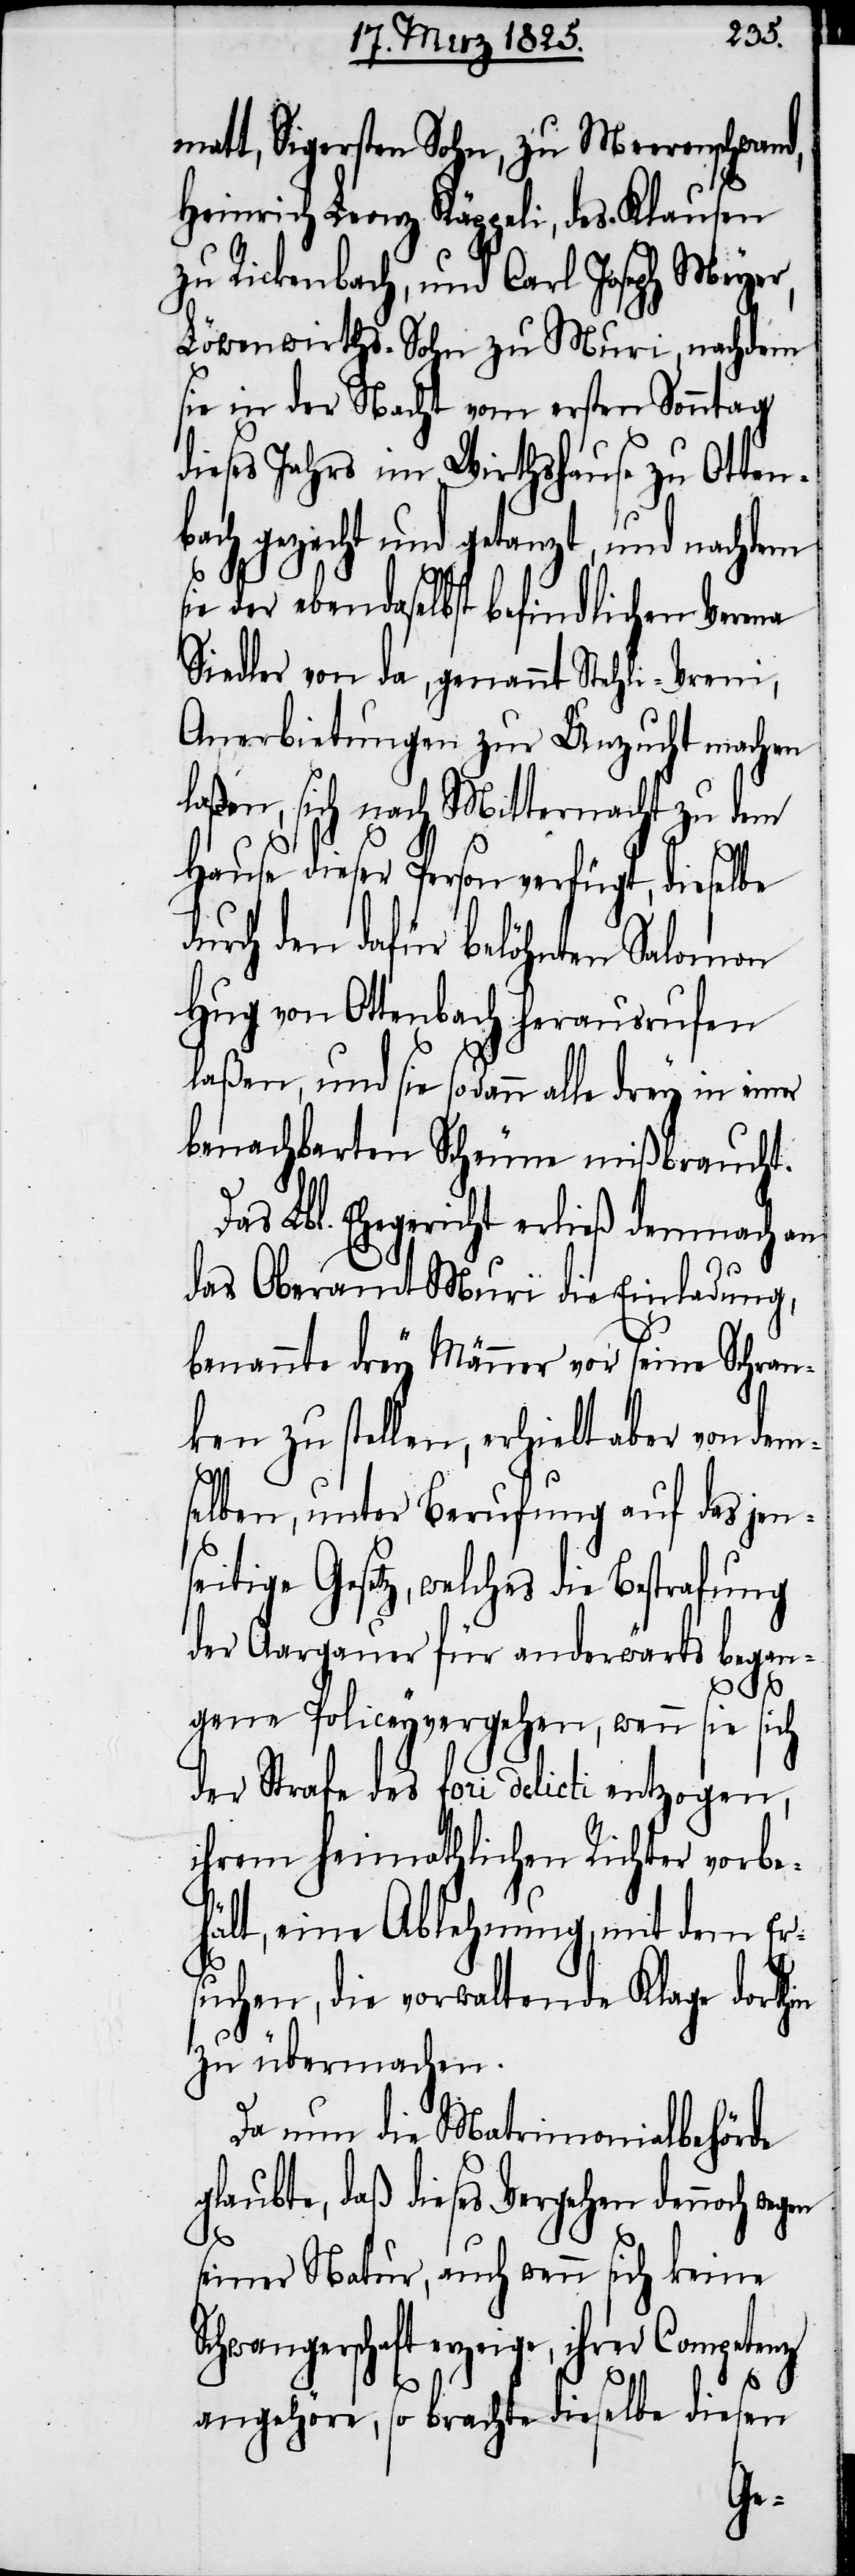
matt, Sigersten Sohn, zu Meerenschwand,
Heinrich Leonz Käppeli, des Klausen
zu Rickenbach, und Carl Joseph Meyer,
Löwenwirths-Sohn zu Muri, nachdem
sie in der Nacht vom ersten Sonntag
dieses Jahrs im Wirthshause zu Otten¬
bach gezecht und getanzt, und nachdem
sie der ebendaselbst befindlichen Verena
Siedler von da, genannt Stehli-Vreni,
Anerbietungen zur Unzucht machen
laßen, sich nach Mitternacht zu dem
Hause dieser Person verfügt, dieselbe
durch den dafür belöhnten Salomon
Hug von Ottenbach herausrufen
laßen, und sie sodann alle drey in einer
benachbarten Scheune mißbraucht.
Das Lbl. Ehegericht erließ demnach an
das Oberamt Muri die Einladung,
benannte drey Männer vor seine Schran¬
ken zu stellen, erhielt aber von dem¬
selben, unter Berufung auf das jen¬
seitige Gesetz, welches die Bestrafung
der Aargauer für anderwärts began¬
in
gene Policeyvergehen, wenn sie sich
der Strafe des fori delicti entzogen,
ihrem heimathlichen Richter vorbe¬
hält, eine Ablehnung, mit dem Er¬
suchen, die vorwaltende Klage dorth¬
zu übermachen.
Da nun die Matrimonialbehörde
glaubte, daß dieses Vergehen dennoch
seiner Natur, auch wenn sich keine
erzeige, ihrer Competenz
angehöre, so brachte dieselbe diesen